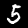
Label: 5